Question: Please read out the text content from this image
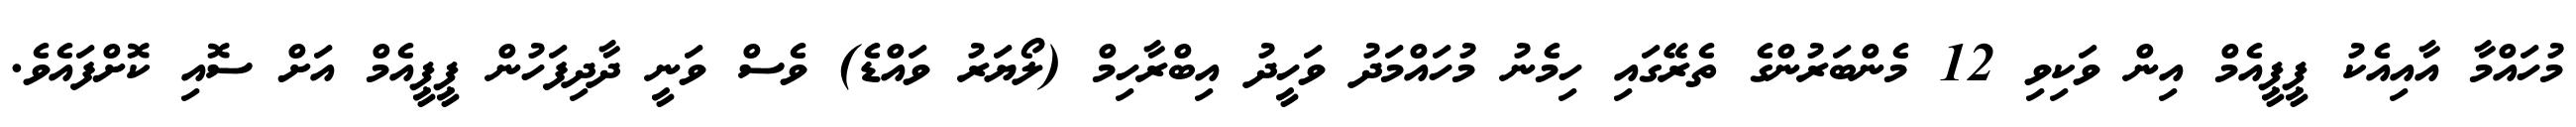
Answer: މުހައްމާ އާއިއެކު ޕީޕީއެމް އިން ވަކިވި 12 މެންބަރުންގެ ތެރޭގައި ހިމެނު މުހައްމަދު ވަހީދު އިބްރާހިމް (ލޯޔަރު ވައްޑެ) ވެސް ވަނީ ދާދިފަހުން ޕީޕީއެމް އަށް ސޮއި ކޮށްފައެވެ.